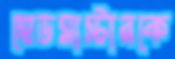
হেডমাস্টারকে